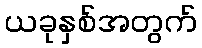
ယခုနှစ်အတွက်